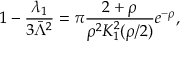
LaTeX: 1 - \frac { \lambda _ { 1 } } { 3 \bar { \Lambda } ^ { 2 } } = \pi \frac { 2 + \rho } { \rho ^ { 2 } K _ { 1 } ^ { 2 } ( \rho / 2 ) } e ^ { - \rho } ,